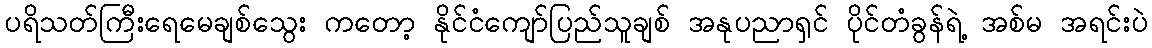
ပရိသတ်ကြီးရေမေချစ်သွေး ကတော့ နိုင်ငံကျော်ပြည်သူချစ် အနုပညာရှင် ပိုင်တံခွန်ရဲ့ အစ်မ အရင်းပဲ